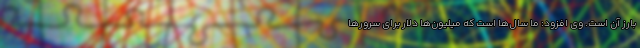
بارز آن است. وی افزود: ما سال‌ها است که میلیون‌ها دلار برای سرورها